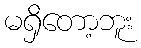
မရှိတော့ဘူး